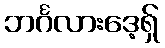
ဘင်္ဂလားဒေ့ရ်ှ